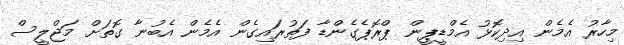
މިހާރު އެމެން އިދިކޮޅު އެމްޑީޕީން ޕްރޮޕެގެންޑާ ފަތުރައިގެން އެމެން އެބުނާ ގޮތަށް މަޖްލީސް